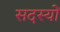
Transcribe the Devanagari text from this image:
सदस्याें